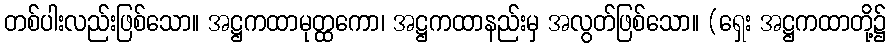
တစ်ပါးလည်းဖြစ်သော။ အဋ္ဌကထာမုတ္ထကော၊ အဋ္ဌကထာနည်းမှ အလွတ်ဖြစ်သော။ (ရှေး အဋ္ဌကထာတို့၌